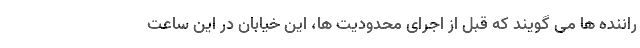
راننده ها می گویند که قبل از اجرای محدودیت ها، این خیابان در این ساعت